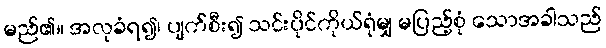
မည်၏။ အလုခံရ၍၊ ပျက်စီး၍ သင်းပိုင်ကိုယ်ရုံမျှ မပြည့်စုံ သောအခါသည်